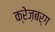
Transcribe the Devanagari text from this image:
क्रेज़बर्ग